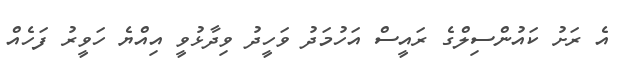
އެ ރަށު ކައުންސިލްގެ ރައީސް އަހުމަދު ވަހީދު ވިދާޅުވީ އިއްޔެ ހަވީރު ފަހެއް